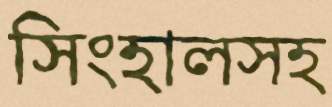
সিংহালসহ